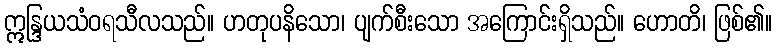
ဣန္ဒြယသံဝရသီလသည်။ ဟတုပနိသော၊ ပျက်စီးသော အကြောင်းရှိသည်။ ဟောတိ၊ ဖြစ်၏။